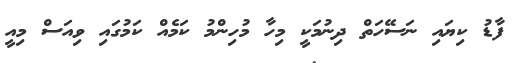
ފާޑު ކިޔައި ނަސޭހަތް ދިނުމަކީ މިހާ މުހިންމު ކަމެއް ކަމުގައި ވިއަސް މިއީ